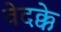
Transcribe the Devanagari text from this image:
वेदक्के